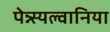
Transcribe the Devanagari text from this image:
पेन्न्स्यल्वानिया